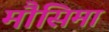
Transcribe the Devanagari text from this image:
मौसिमा